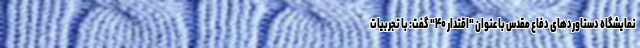
نمایشگاه دستاوردهای دفاع مقدس با عنوان "اقتدار ۴۰" گفت: با تجربیات